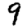
Digit: 9